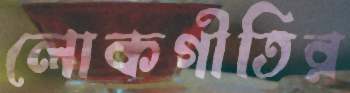
লোকগীতির